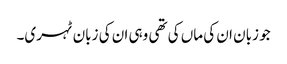
جو زبان ان کی ماں کی تھی وہی ان کی زبان ٹہری۔